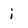
Character: i